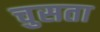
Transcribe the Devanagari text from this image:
चुसता